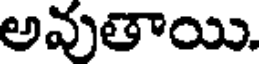
అవుతాయి.